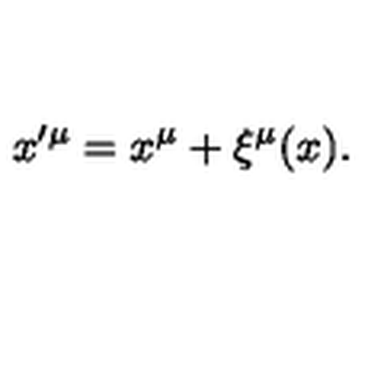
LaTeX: x ^ { \prime \mu } = x ^ { \mu } + \xi ^ { \mu } ( x ) .